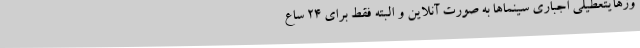
وزهایتعطیلی اجباری سینماها به صورت آنلاین و البته فقط برای 24 ساع